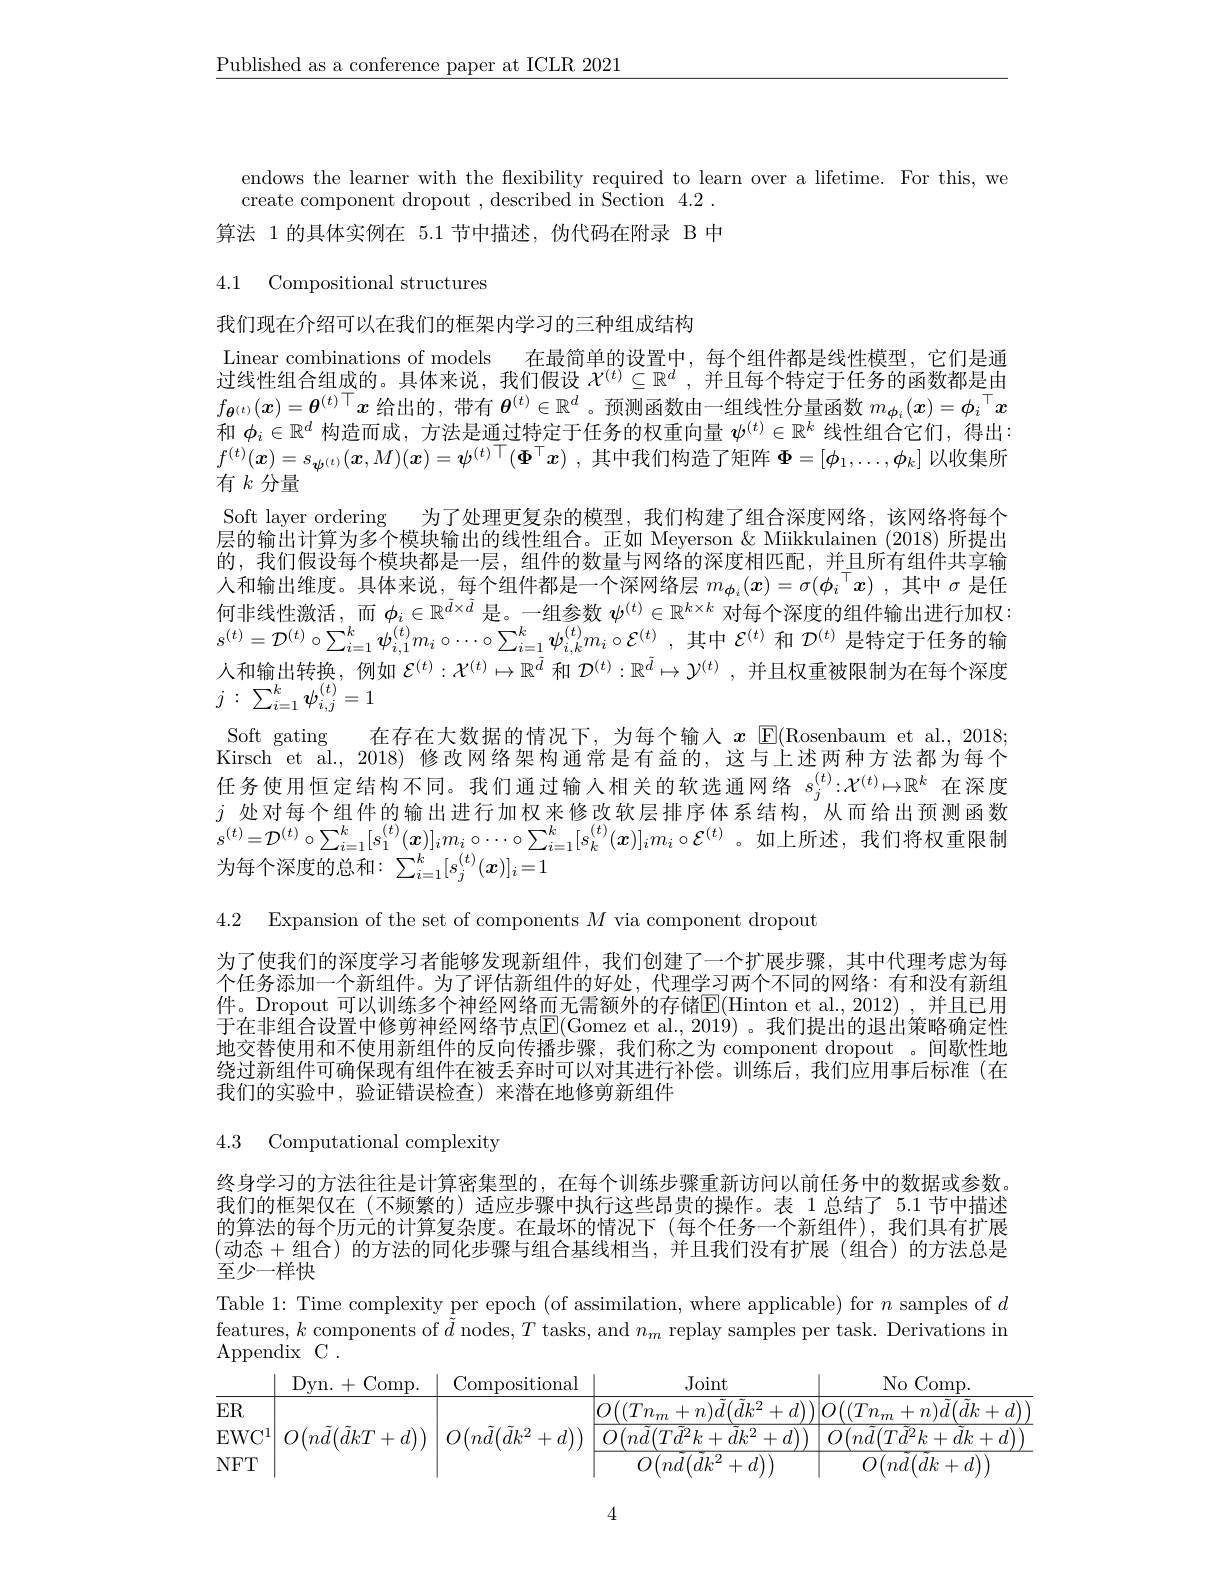
$\underline{\text{Published as a conference paper at ICLR 2021}}$

endows the learner with the flexibility required to learn over a lifetime. For this, we
create component dropout , described in Section 4.2 . 算法 1 的具体实例在 5.1 节中描述，伪代码在附录 B 中

4.1 Compositional structures

我们现在介绍可以在我们的框架内学习的三种组成结构
Linear combinations of models 在最简单的设置中，每个组件都是线性模型，它们是通过线性组合组成的。具体来说，我们假设$\mathcal{X}^(t)\subseteq\mathbb{R}^d$ ,并且每个特定于任务的函数都是由$f_{\boldsymbol{\theta}^{(t)}}(x)=\boldsymbol{\theta}^{(t)\top}x$给出的，带有$\boldsymbol{\theta}^(t)\in\mathbb{R}^d$ 。预测函数由一组线性分量函数$m_{\boldsymbol{\phi}_i}(x)=\phi_i^\top x$ 和$\phi_i\in\mathbb{R}^d$构造而成，方法是通过特定于任务的权重向量$\psi^(t)\in\mathbb{R}^k$线性组合它们，得出$f^{(t)}(\boldsymbol{x})=s_{\boldsymbol{\psi}^{(t)}}(\boldsymbol{x},M)(\boldsymbol{x})=\psi^{(t)\top}(\boldsymbol{\Phi}^\top\boldsymbol{x})$ ,其中我们构造了矩阵$\Phi=[\phi_1,\ldots,\phi_k]$以收集所有$k$分量
Soft layer ordering 为了处理更复杂的模型，我们构建了组合深度网络，该网络将每个层的输出计算为多个模块输出的线性组合。正如 Meyerson & Miikkulainen (2018) 所提出的，我们假设每个模块都是一层，组件的数量与网络的深度相匹配，并且所有组件共享输人和输出维度。具体来说，每个组件都是一个深网络层$m_{\boldsymbol{\phi}_i}(\boldsymbol{x})=\sigma(\phi_i^\top\boldsymbol{x})$ ,其中$\sigma$是任何非线性激活，而$\phi_i\in\mathbb{R}^{\tilde{d}\times\tilde{d}}$是。一组参数$\psi^(t)\in\mathbb{R}^{k\times k}$对每个深度的组件输出进行加权： $s^{(t)}=\mathcal{D}^{(t)}\circ\sum_{i=1}^k\psi_{i,1}^{(t)}m_i\circ\cdots\circ\sum_{i=1}^k\psi_{i,k}^{(t)}m_i\circ\mathcal{E}^{(t)}$,其中$\mathcal{E}^{(t)}$和$\mathcal{D}^{(t)}$是特定于任务的输人和输出转换，例如$\mathcal{E}^{(t)}:\mathcal{X}^{(t)}\mapsto\mathbb{R}^{\tilde{d}}$和$\mathcal{D}^{(t)}:\mathbb{R}^{\tilde{d}}\mapsto\mathcal{Y}^{(t)}$,并且权重被限制为在每个深度$j:$ $\sum _{i= 1}^k\psi _{i, j}^{( t) }= 1$
Soft gating 在存在大数据的情况下，为每个输入$x$ E(Rosenbaum et al., 2018; Kirsch et al., 2018) 修改网络架构通常是有益的，这与上述两种方法都为每个任务使用恒定结构不同。我们通过输入相关的软选通网络$s_j^{(t)}{:}\mathcal{X}^{(t)}\mapsto\mathbb{R}^k$在深度$j$处对每个组件的输出进行加权来修改软层排序体系结构，从而给出预测函数$s^{(t)}=\mathcal{D}^{(t)}\circ\sum_{i=1}^{k}[s_{1}^{(t)}(\boldsymbol{x})]_{i}m_{i}\circ\cdots\circ\sum_{i=1}^{k}[s_{k}^{(t)}(\boldsymbol{x})]_{i}m_{i}\circ\mathcal{E}^{(t)}$。如上所述，我们将权重限制为每个深度的总和$:\sum_i=1^k[s_j^{(t)}(\boldsymbol{x})]_i=1$
4.2 Expansion of the set of components $M$ via component dropout

为了使我们的深度学习者能够发现新组件，我们创建了一个扩展步骤，其中代理考虑为每个任务添加一个新组件。为了评估新组件的好处，代理学习两个不同的网络：有和没有新组件。Dropout 可以训练多个神经网络而无需额外的存储$\mathbb{E}($Hinton et al.,2012),并且已用于在非组合设置中修剪神经网络节点$\boxed{\mathrm{E}}($Gomez et al..,2019) 。我们提出的退出策略确定性地交替使用和不使用新组件的反向传播步骤，我们称之为 component dropout 。间歇性地绕过新组件可确保现有组件在被丢弃时可以对其进行补偿。训练后，我们应用事后标准(在我们的实验中，验证错误检查)来潜在地修剪新组件

4.3 Computational complexity

终身学习的方法往往是计算密集型的，在每个训练步骤重新访问以前任务中的数据或参数我们的框架仅在(不频繁的) 适应步骤中执行这些昂贵的操作。表 1 总结了 5.1 节中描述的算法的每个历元的计算复杂度。在最坏的情况下(每个任务一个新组件),我们具有扩展(动态+组合)的方法的同化步骤与组合基线相当，并且我们没有扩展(组合)的方法总是至少一样快

Table 1: Time complexity per epoch (of assimilation, where applicable) for $n$ samples of $d$ features, $k$ components of $\tilde{d}$ nodes, $T$ tasks, and $n_m$ replay samples per task. Derivations in Appendix C .
$$\begin{array}{c|c|c|c|c}&\text{Dyn.}+\text{Comp.}&\text{Compositional}&\text{Joint}&\text{No Comp.}\\\hline\text{ER}&&&O((Tn_m+n)\tilde{d}(\tilde{d}k^2+d))&O\big((Tn_m+n)\tilde{d}\big(\tilde{d}k+d\big)\big)\\\text{EWC}^1&O\big(n\tilde{d}\big(\tilde{d}kT+d\big)\big)&O\big(n\tilde{d}\big(\tilde{d}k^2+d\big)\big)&\boxed{O\big(n\tilde{d}\big(T\tilde{d}^2k+\tilde{d}k^2+d\big)\big)}&O\big(n\tilde{d}\big(T\tilde{d}^2k+\tilde{d}k+d\big)\big)\\\text{NFT}&&&O\big(n\tilde{d}\big(\tilde{d}k^2+d\big)\big)&O\big(n\tilde{d}\big(\tilde{d}k+d\big)\big)\end{array}$$
4